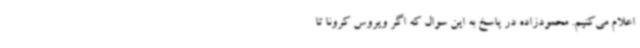
اعلام می‌کنیم. محمودزاده در پاسخ به این سوال که اگر ویروس کرونا تا